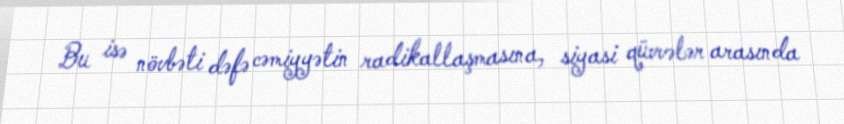
Bu isə növbəti dəfə cəmiyyətin radikallaşmasına, siyasi qüvvələr arasında